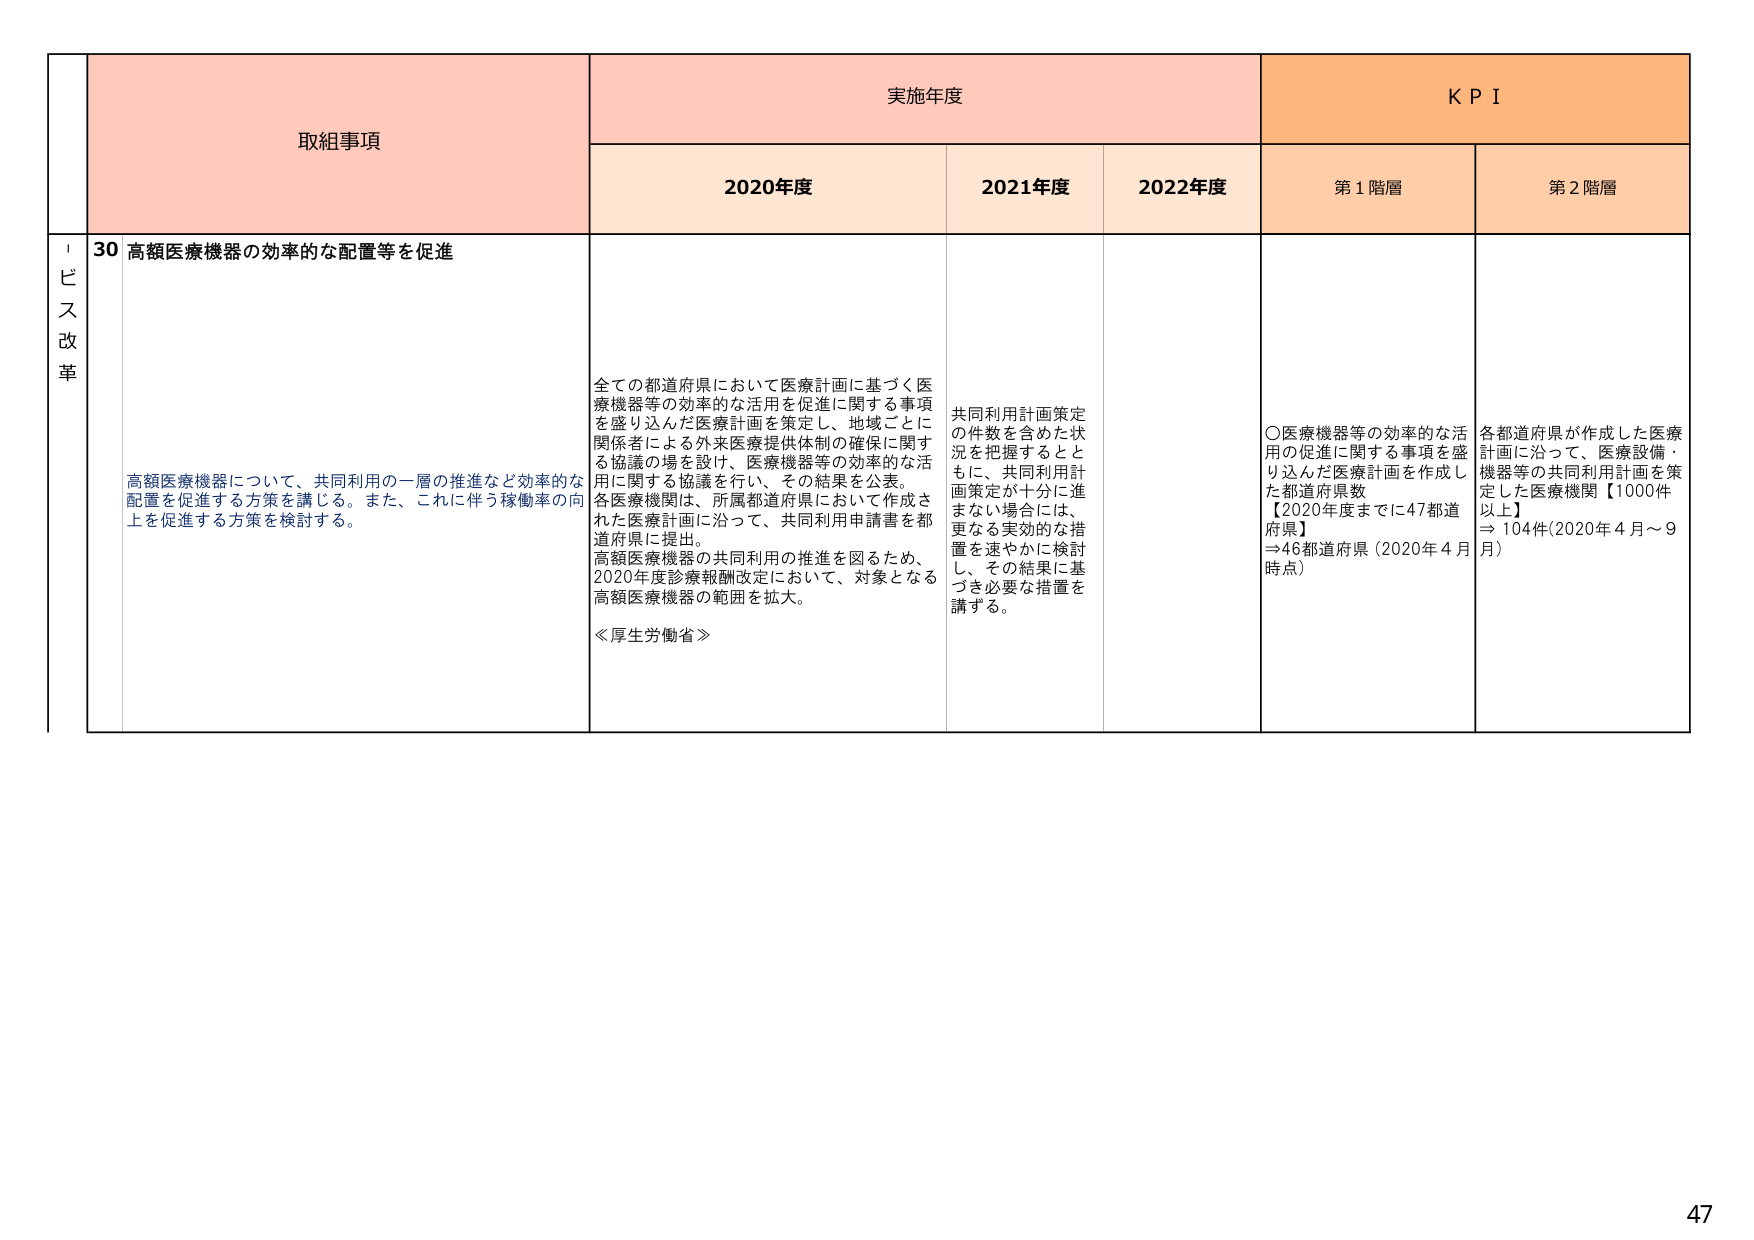
取組事項
実施年度
KPI

2020年度
2021年度
2022年度
第1階層
第2階層

サービス改革
30 高額医療機器の効率的な配置等を促進

高額医療機器について、共同利用の一層の推進など効率的な配置を促進する方策を講じる。また、これに伴う稼働率の向上を促進する方策を検討する。

全ての都道府県において医療計画に基づく医療機器等の効率的な活用を促進に関する事項を盛り込んだ医療計画を策定し、地域ごとに関係者による外来医療提供体制の確保に関する協議の場を設け、医療機器等の効率的な活用に関する協議を行い、その結果を公表。
各医療機関は、所属都道府県において作成された医療計画に沿って、共同利用申請書を都道府県に提出。
高額医療機器の共同利用の推進を図るため、2020年度診療報酬改定において、対象となる高額医療機器の範囲を拡大。
《厚生労働省》

共同利用計画策定の件数を含めた状況を把握するとともに、共同利用計画策定が十分に進まない場合には、更なる実効的な措置を速やかに検討し、その結果に基づき必要な措置を講ずる。

〇医療機器等の効率的な活用の促進に関する事項を盛り込んだ医療計画を作成した都道府県数
【2020年度までに47都道府県】
⇒46都道府県（2020年4月時点）

各都道府県が作成した医療計画に沿って、医療設備・機器等の共同利用計画を策定した医療機関【1000件以上】
⇒104件（2020年4月～9月）

47